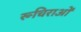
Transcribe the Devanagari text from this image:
रूचिराओं